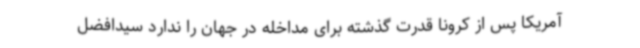
آمریکا پس از کرونا قدرت گذشته برای مداخله در جهان را ندارد سیدافضل